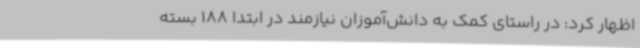
اظهار کرد: در راستای کمک به دانش‌آموزان نیازمند در ابتدا 188 بسته